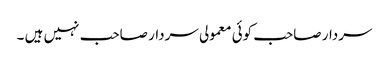
سردار صاحب کوئی معمولی سردار صاحب نہیں ہیں ۔